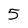
Character: 5